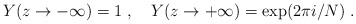
\begin{align*}Y(z\rightarrow-\infty)=1~,~~~Y(z\rightarrow+\infty)=\exp(2\pi i/N)~.\end{align*}